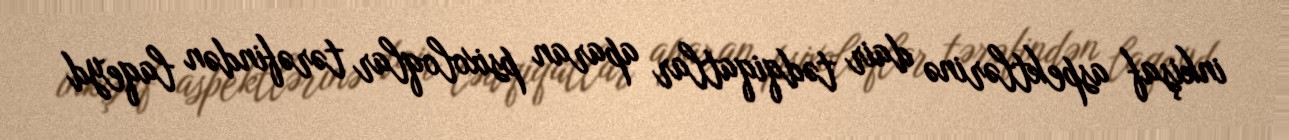
inkişaf aspektlərinə dair tədqiqatlar aparan psixoloqlar tərəfindən laqeyd